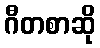
ဂီတစာဆို